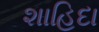
શાહિદા